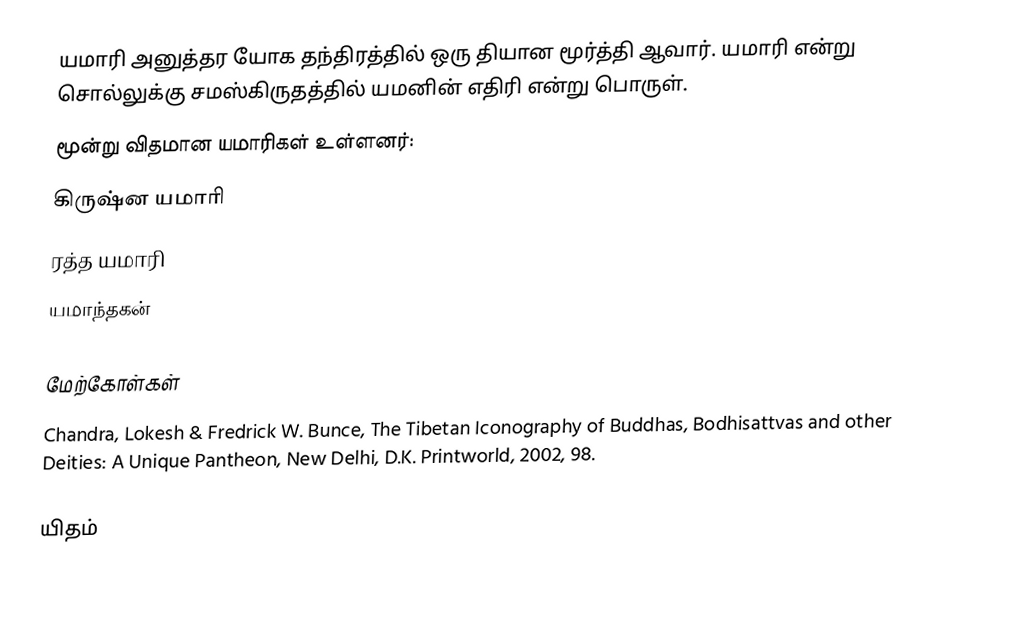
யமாரி அனுத்தர யோக தந்திரத்தில் ஒரு தியான மூர்த்தி ஆவார். யமாரி என்று சொல்லுக்கு சமஸ்கிருதத்தில் யமனின் எதிரி என்று பொருள்.
மூன்று விதமான யமாரிகள் உள்ளனர்:
 கிருஷ்ன யமாரி
 ரத்த யமாரி
 யமாந்தகன்

மேற்கோள்கள்
 Chandra, Lokesh & Fredrick W. Bunce, The Tibetan Iconography of Buddhas, Bodhisattvas and other Deities: A Unique Pantheon, New Delhi, D.K. Printworld, 2002, 98.

யிதம்